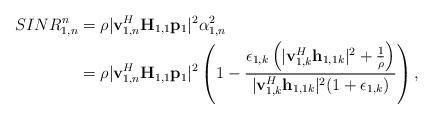
LaTeX: \begin{align*}SINR^n_{1,n} &= \rho |\mathbf{v}_{1,n}^H\mathbf{H}_{1,1}\mathbf{p}_1 |^2 \alpha_{1,n}^2\\ &= \rho |\mathbf{v}_{1,n}^H\mathbf{H}_{1,1}\mathbf{p}_1 |^2 \left(1- \frac{ \epsilon_{1,k}\left( |\mathbf{v}_{1,k}^H\mathbf{h}_{1,1k}|^2 +\frac{1}{\rho}\right)}{|\mathbf{v}_{1,k}^H\mathbf{h}_{1,1k}|^2 (1+\epsilon_{1,k})}\right),\end{align*}